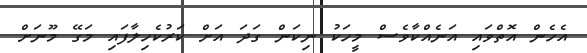
އެހެން އޮތްވައި އަނެއްކާވެސް މީހަކު ނިކަން ގަދަ އަށް ކަރުކެހިލާފައި މަގޭ މޫނަށް